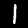
Digit: 1